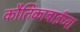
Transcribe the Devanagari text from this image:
कौतिकाबाईंच्या